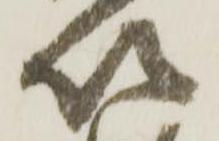
以